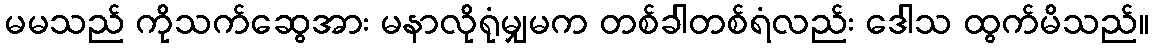
မမသည် ကိုသက်ဆွေအား မနာလိုရုံမျှမက တစ်ခါတစ်ရံလည်း ဒေါသ ထွက်မိသည်။